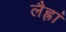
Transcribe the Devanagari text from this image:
लैह्रां